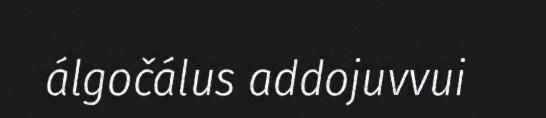
álgočálus addojuvvui